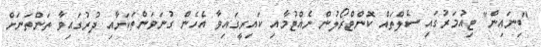
"ބިނައިން" ޓިއުމަރުގައި ސެލްތައް ކޮންޓްރޯލުން ނެއްޓުމާއި ކައިރީގައިވާ އެހެން ގުނަވަންތަކަށާއި ދުރުގައިވާ ތަންތަނަށް